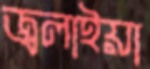
জ্বলাইয়া